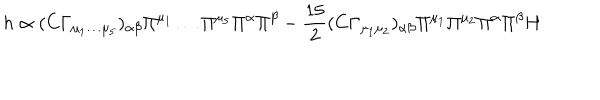
h \propto ( C \Gamma _ { \mu _ { 1 } \dots \mu _ { 5 } } ) _ { \alpha \beta } \Pi ^ { \mu _ { 1 } } \dots \Pi ^ { \mu _ { 5 } } \Pi ^ { \alpha } \Pi ^ { \beta } - \frac { 1 5 } { 2 } ( C \Gamma _ { \mu _ { 1 } \mu _ { 2 } } ) _ { \alpha \beta } \Pi ^ { \mu _ { 1 } } \Pi ^ { \mu _ { 2 } } \Pi ^ { \alpha } \Pi ^ { \beta } H